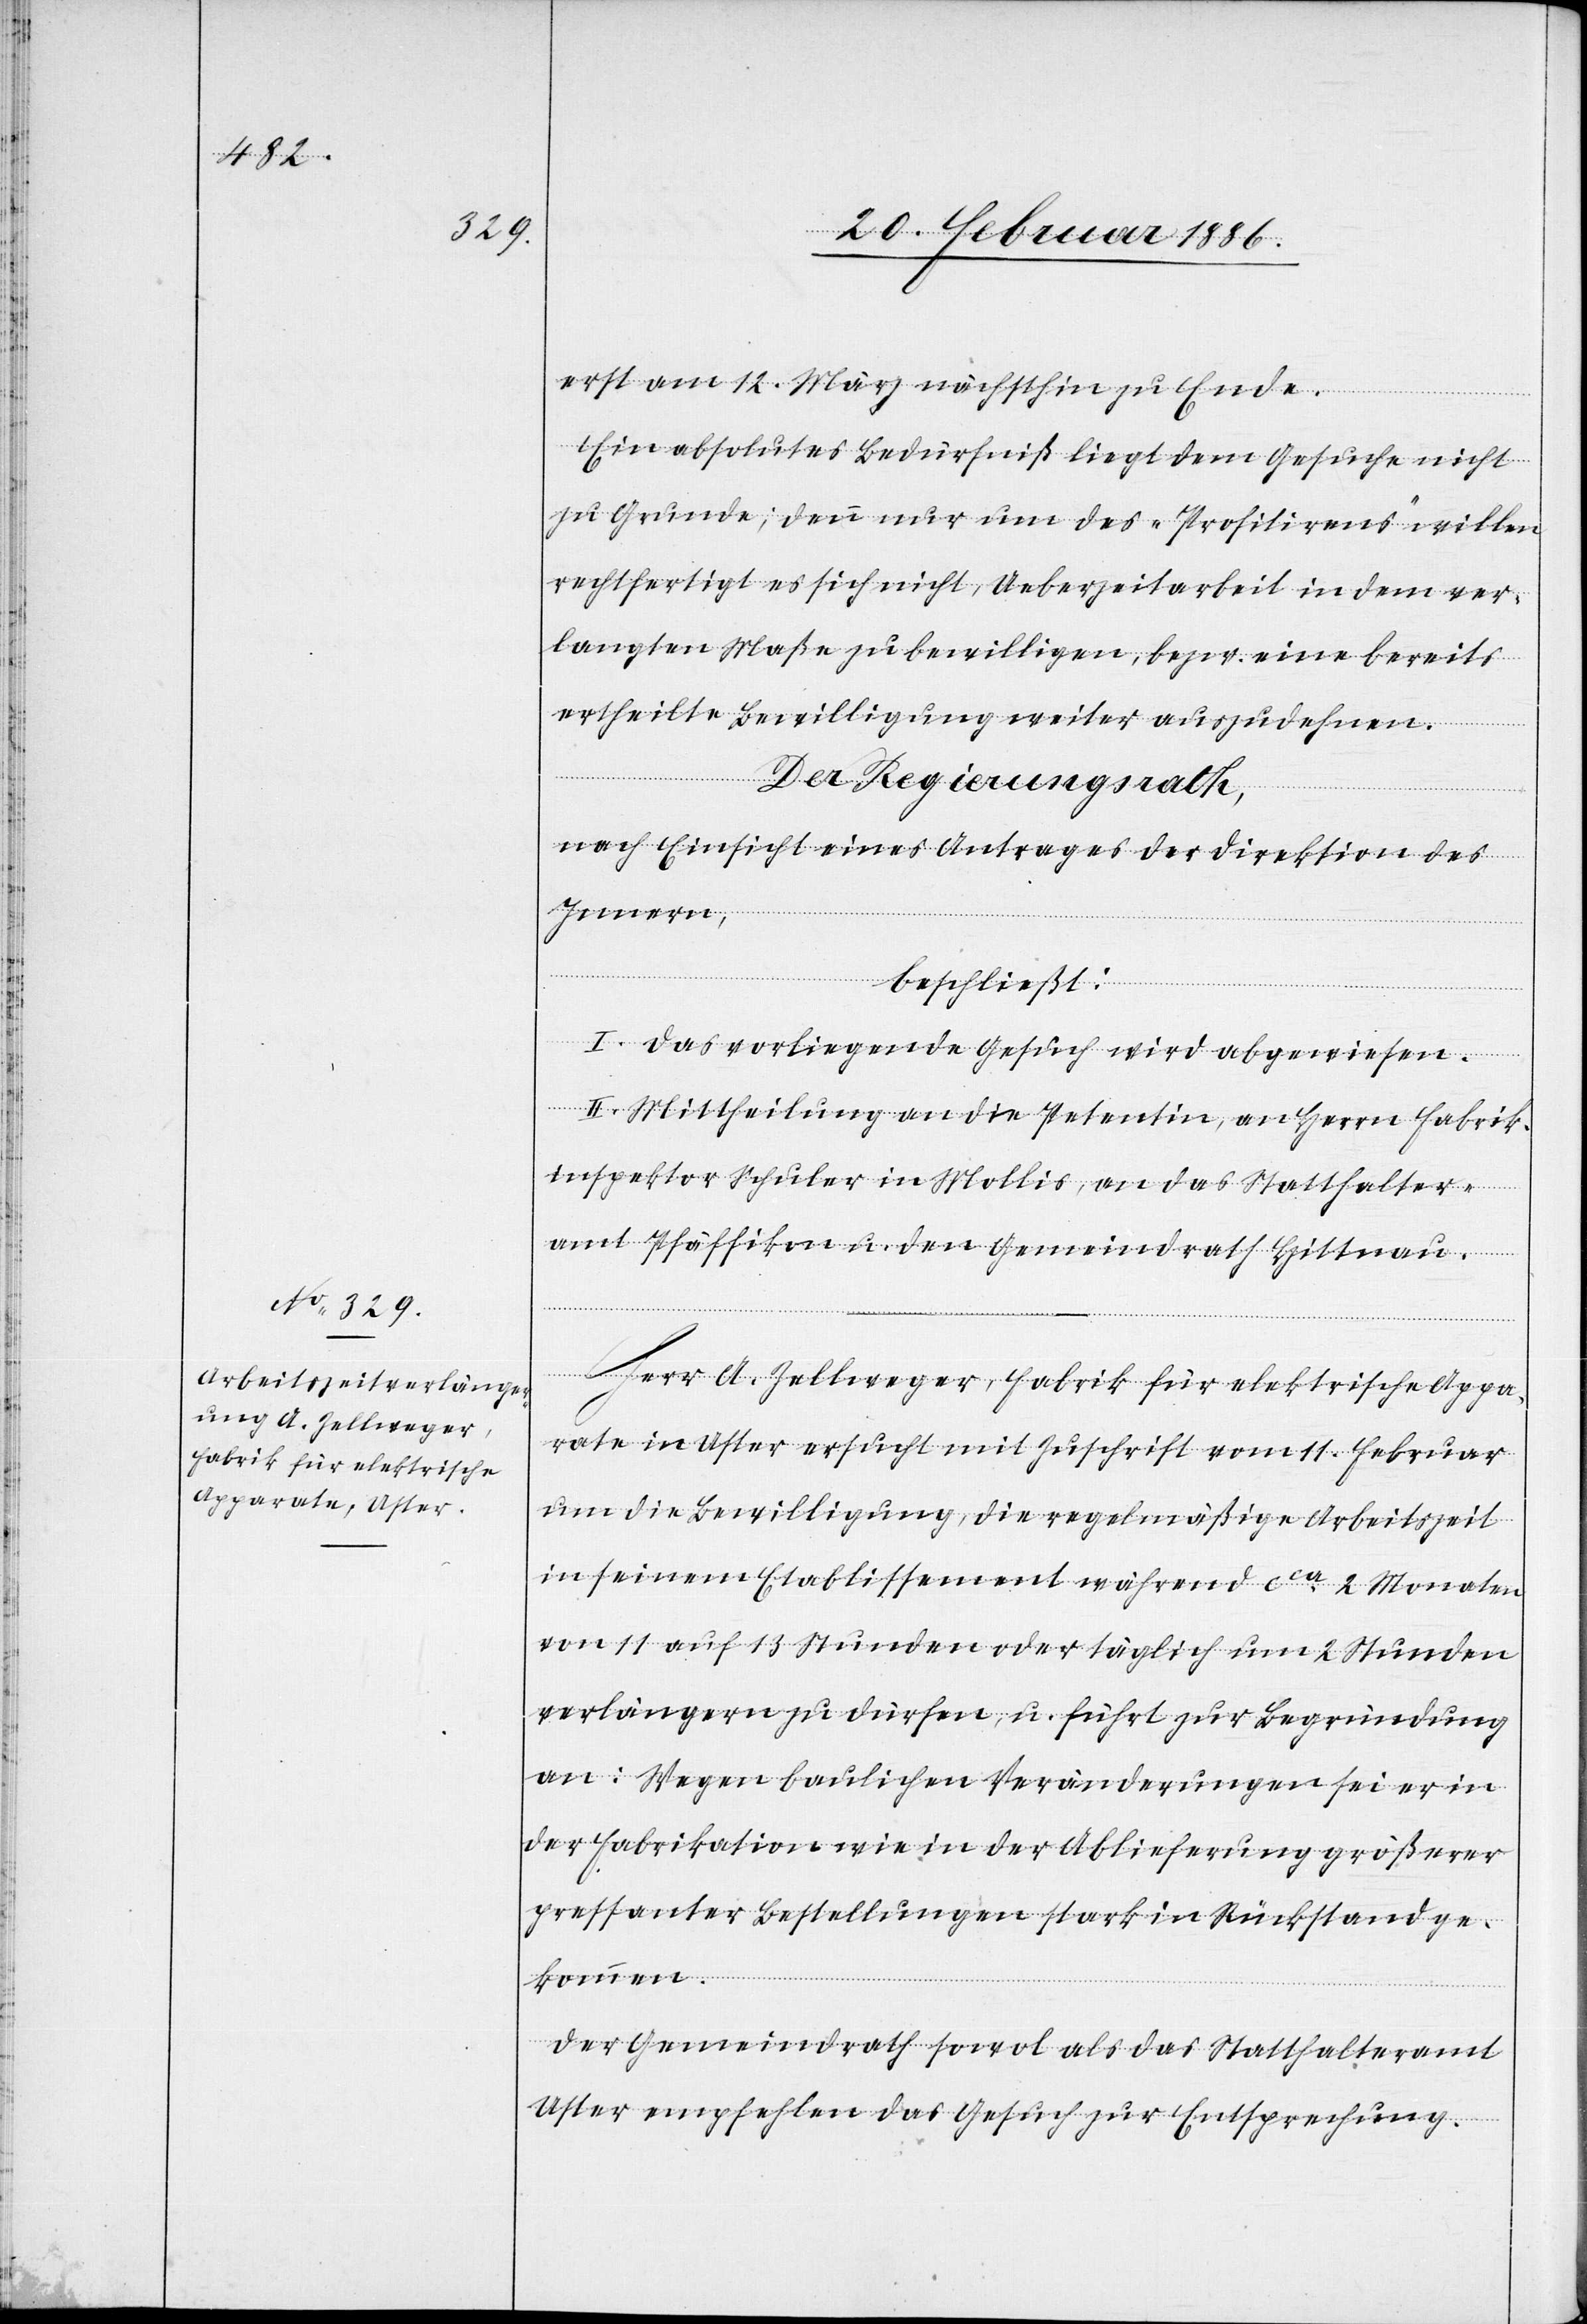
erst am 12. März nächsthin zu Ende.
Ein absolutes Bedürfniß liegt dem Gesuche nicht
zu Grund; denn nur um des „Profitierens“ willen
rechtfertigt es sich nicht, Ueberzeitarbeit in dem ver¬
langten Maße zu bewilligen, bzw. eine bereits
ertheilte Bewilligung weiter auszudehnen.
Der Regierungsrath,
nach Einsicht eines Antrages der Direktion des
Innern,
beschließt:
I. Das vorliegende Gesuch wird abgewiesen.
II. Mittheilung an die Petentin, an Herrn Fabrik¬
inspektor Schuler in Mollis, an das Statthalter¬
amt Pfäffikon u. den Gemeindrath Hittnau.
Herr A. Zellweger, Fabrik für elektrische Appa¬
rate in Uster ersucht mit Zuschrift vom 11. Februar
um die Bewilligung, die regelmäßige Arbeitszeit
in seinem Etablissement während cca 2 Monaten
vom 11 auf 13 Stunden oder täglich um 2 Stunden
verlängern zu dürfen, u. führt zur Begründung
an: Wegen baulichen Veränderungen sei er in
der Fabrikation wie in der Ablieferung größerer
pressanter Bestellungen stark in Rückstand ge¬
kommen.
Der Gemeindrath sowol als das Statthalteramt
Uster empfehlen das Gesuch zur Entsprechung.